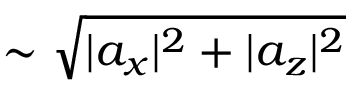
\sim \sqrt { | a _ { x } | ^ { 2 } + | a _ { z } | ^ { 2 } }